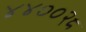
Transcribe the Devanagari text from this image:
४४००२८